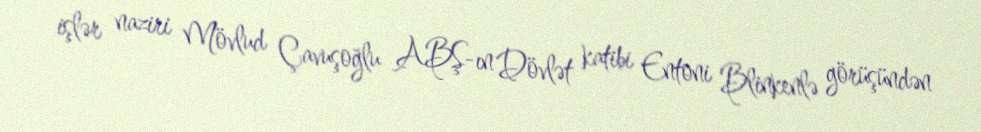
işlər naziri Mövlud Çavuşoğlu ABŞ-ın Dövlət katibi Entoni Blinkenlə görüşündən